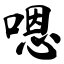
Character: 嗯